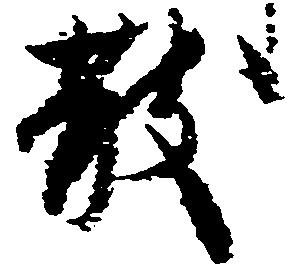
散